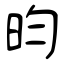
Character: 昀